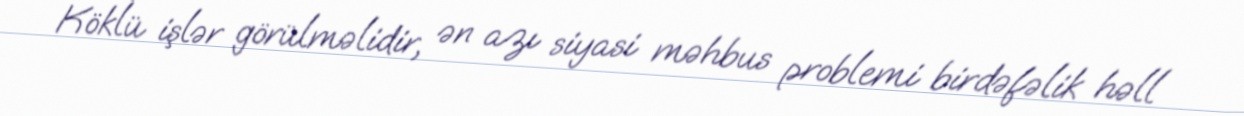
Köklü işlər görülməlidir, ən azı siyasi məhbus problemi birdəfəlik həll